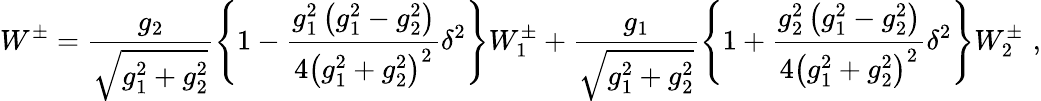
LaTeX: W^{\pm}=\frac{g_{2}}{\sqrt{g_{1}^{2}+g_{2}^{2}}}\left\{ 1-\frac{g_{1}^{2}\left(g_{1}^{2}-g_{2}^{2}\right)}{4\left(g_{1}^{2}+g_{2}^{2}\right)^{2}}\delta^{2}\right\} W_{1}^{\pm}+\frac{g_{1}}{\sqrt{g_{1}^{2}+g_{2}^{2}}}\left\{ 1+\frac{g_{2}^{2}\left(g_{1}^{2}-g_{2}^{2}\right)}{4\left(g_{1}^{2}+g_{2}^{2}\right)^{2}}\delta^{2}\right\} W_{2}^{\pm}\, \, ,